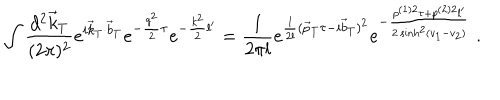
LaTeX: \int \frac { d ^ { 2 } \vec { k } _ { T } } { ( 2 \pi ) ^ { 2 } } e ^ { i \vec { k } _ { T } \cdot \vec { b } _ { T } } e ^ { - \frac { q ^ { 2 } } 2 \tau } e ^ { - \frac { k ^ { 2 } } 2 l ^ { \prime } } = \frac 1 { 2 \pi l } e ^ { \frac 1 { 2 l } ( \vec { p } _ { T } \tau - i \vec { b } _ { T } ) ^ { 2 } } e ^ { - \frac { p ^ { ( 1 ) 2 } \tau + p ^ { ( 2 ) 2 } l ^ { \prime } } { 2 \sinh ^ { 2 } ( v _ { 1 } - v _ { 2 } ) } } \; .